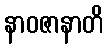
နာဝဇာနာတိ